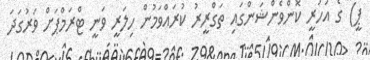
ޕީ) ގެ އަހަރީ ކޮންވެންޝަންގައި ތަގްރީރު ކުރައްވަމުން ހިލަރީ ވަނީ ޓްރަމްޕަށް ވަރުގަދަ